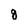
Character: 8